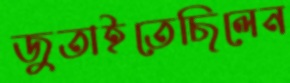
জুতাইতেছিলেন